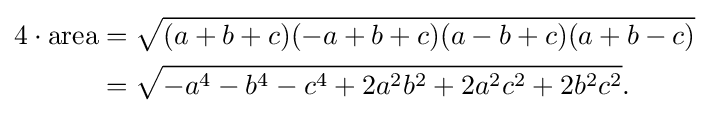
{\begin{aligned}4\cdot {\text{area}}&={\sqrt {(a+b+c)(-a+b+c)(a-b+c)(a+b-c)}}\\&={\sqrt {-a^{4}-b^{4}-c^{4}+2a^{2}b^{2}+2a^{2}c^{2}+2b^{2}c^{2}}}.\end{aligned}}